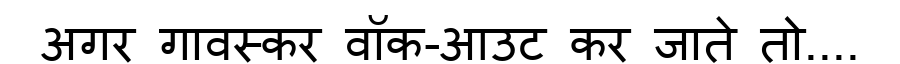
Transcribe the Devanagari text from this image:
अगर गावस्कर वॉक-आउट कर जाते तो....